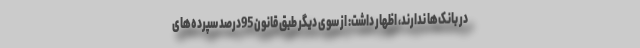
در بانک‌ها ندارند، اظهار داشت: از سوی دیگر طبق قانون 95درصد سپرده‌های